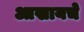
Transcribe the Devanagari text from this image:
आखायचे